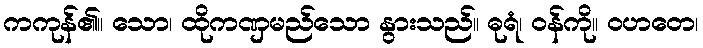
ကကုန်၏။ သော၊ ထိုကဏှမည်သော နွားသည်။ ဓုရံ၊ ဝန်ကို။ ဝဟတေ၊